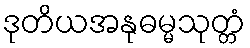
ဒုတိယအနုဓမ္မသုတ္တံ